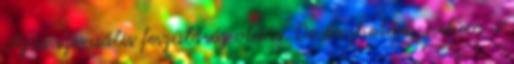
Az is szexuális feszültség oldás. De érezhetően nekem a